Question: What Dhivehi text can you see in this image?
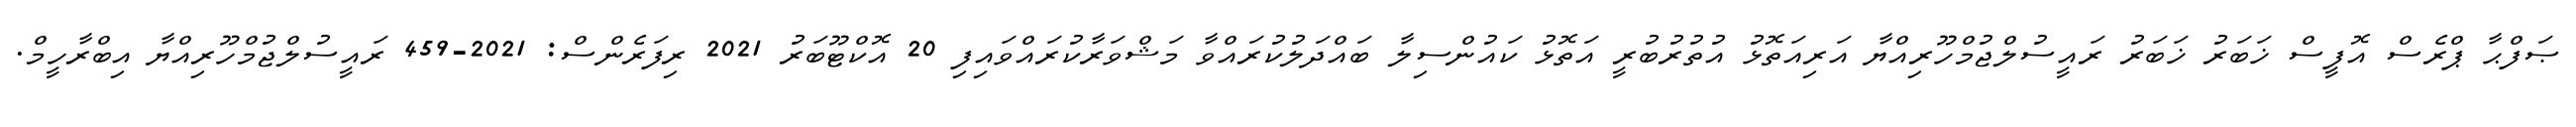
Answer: ޞަފްޙާ ޕްރެސް އޮފީސް ޚަބަރު ޚަބަރު ރައީސުލްޖުމްހޫރިއްޔާ އަރިއަތޮޅު އުތުރުބުރީ އަތޮޅު ކައުންސިލާ ބައްދަލުކުރައްވާ މަޝްވަރާކުރައްވައިފި 20 އޮކްޓޫބަރު 2021 ރިފަރެންސް: 2021-459 ރައީސުލްޖުމްހޫރިއްޔާ އިބްރާހީމް.